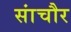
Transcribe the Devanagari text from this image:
सांचौर